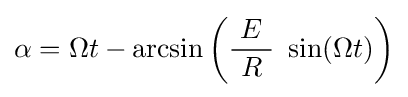
\alpha =\Omega t-\arcsin \left({\frac {E}{\ R\ }}\ \sin(\Omega t)\right)